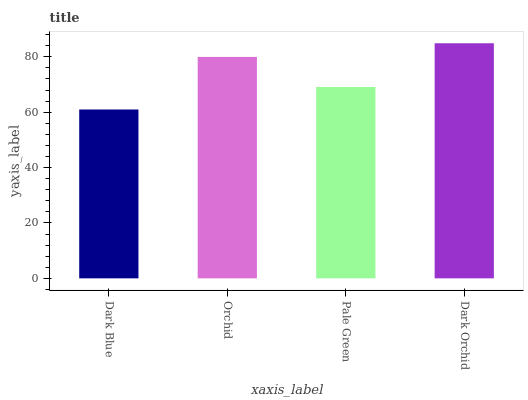
| xaxis_label | bars |
 | --- | --- |
 | Dark Blue | 61 |
 | Orchid | 80 |
 | Pale Green | 69.1 |
 | Dark Orchid | 84.9 |